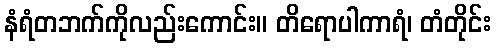
နံရံတဘက်ကိုလည်းကောင်း။ တိရောပါကာရံ၊ တံတိုင်း